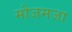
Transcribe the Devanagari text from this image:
मौजमजा